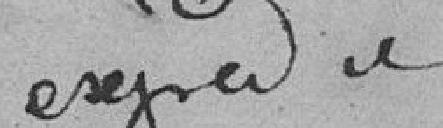
expédié